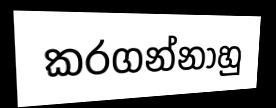
කරගන්නාහු